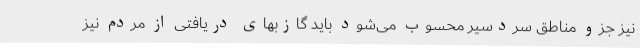
نیز جزو مناطق سردسیر محسوب می‌شود باید گازبهای دریافتی از مردم نیز